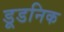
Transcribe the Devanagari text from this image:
डूडनिक